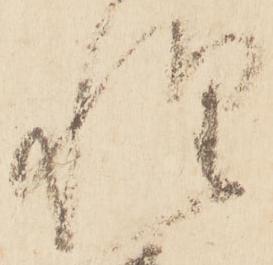
惶